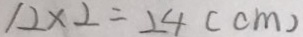
1 2 \times 2 = 2 4 ( c m )